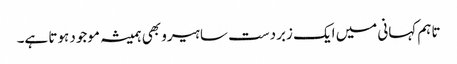
تاہم کہانی میں ایک زبردست سا ہیرو بھی ہمیشہ موجود ہوتا ہے۔